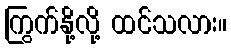
ကြွက်နို့လို့ ထင်သလား။